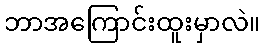
ဘာအကြောင်းထူးမှာလဲ။